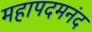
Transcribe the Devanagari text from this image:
महापदमनंद